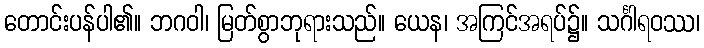
တောင်းပန်ပါ၏။ ဘဂဝါ၊ မြတ်စွာဘုရားသည်။ ယေန၊ အကြင်အရပ်၌။ သင်္ဂါရဝဿ၊